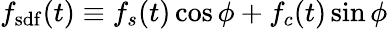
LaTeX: f_{\mathrm{sdf}}(t)\equiv f_{s}(t)\cos\phi+f_{c}(t)\sin\phi